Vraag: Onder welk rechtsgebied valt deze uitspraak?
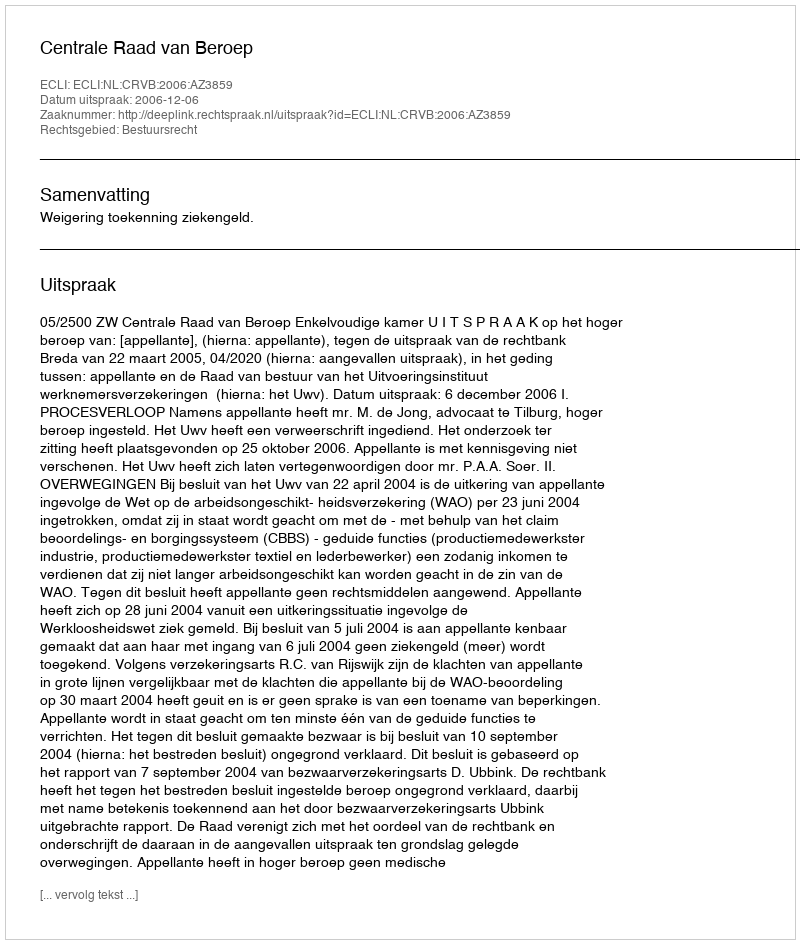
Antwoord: Bestuursrecht